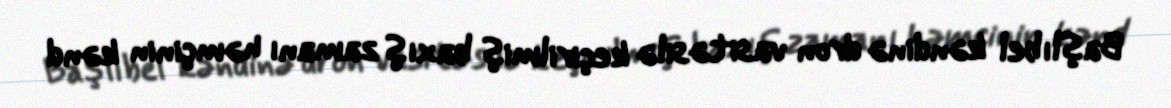
Başlıbel kəndinə dron vasitəsilə keçirilmiş baxış zamanı həmçinin kənd